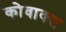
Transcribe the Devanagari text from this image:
कोवाक्स